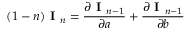
( 1 - n ) { \textbf { I } } _ { n } = { \frac { \partial { \textbf { I } } _ { n - 1 } } { \partial a } } + { \frac { \partial { \textbf { I } } _ { n - 1 } } { \partial b } }